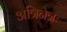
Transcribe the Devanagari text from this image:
अत्रिनेत्रः